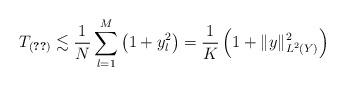
LaTeX: \begin{align*}T_{\eqref{e_difference_cg_hamiltonian}} \lesssim \frac{1}{N} \sum_{l=1}^{M} \left( 1 + y_l ^2 \right) = \frac{1}{K} \left(1 + \|y \|_{L^2(Y)} ^2 \right)\end{align*}